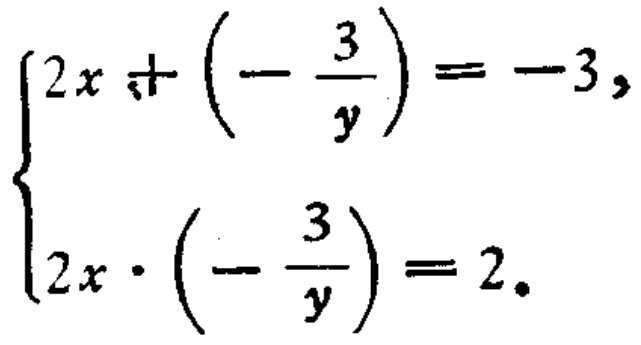
$\begin{cases}2x+\left(-\dfrac{3}{y}\right)=-3,\\2x\cdot\left(-\dfrac{3}{y}\right)=2.\end{cases}$